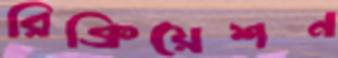
রিক্রিয়েশন